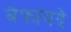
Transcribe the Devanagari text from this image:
बेफायदे